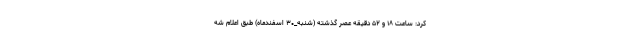
کرد: ساعت ۱۸ و ۵۲ دقیقه عصر گذشته (شنبه_۳۰ اسفندماه) طبق اعلام شه